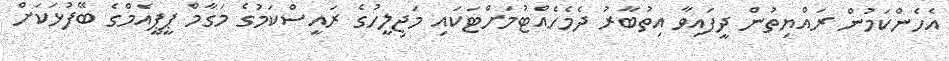
އެހެންކަމުން ރައްޔިތުން ދީފައިވާ އިތުބާރު ދެމެހެއްޓުމަށްޓަކައި މަޖިލީހުގެ ރައީސްކަމުގެ މަގާމް ޕީޕީއެމްގެ ބޭފުޅަކަށް